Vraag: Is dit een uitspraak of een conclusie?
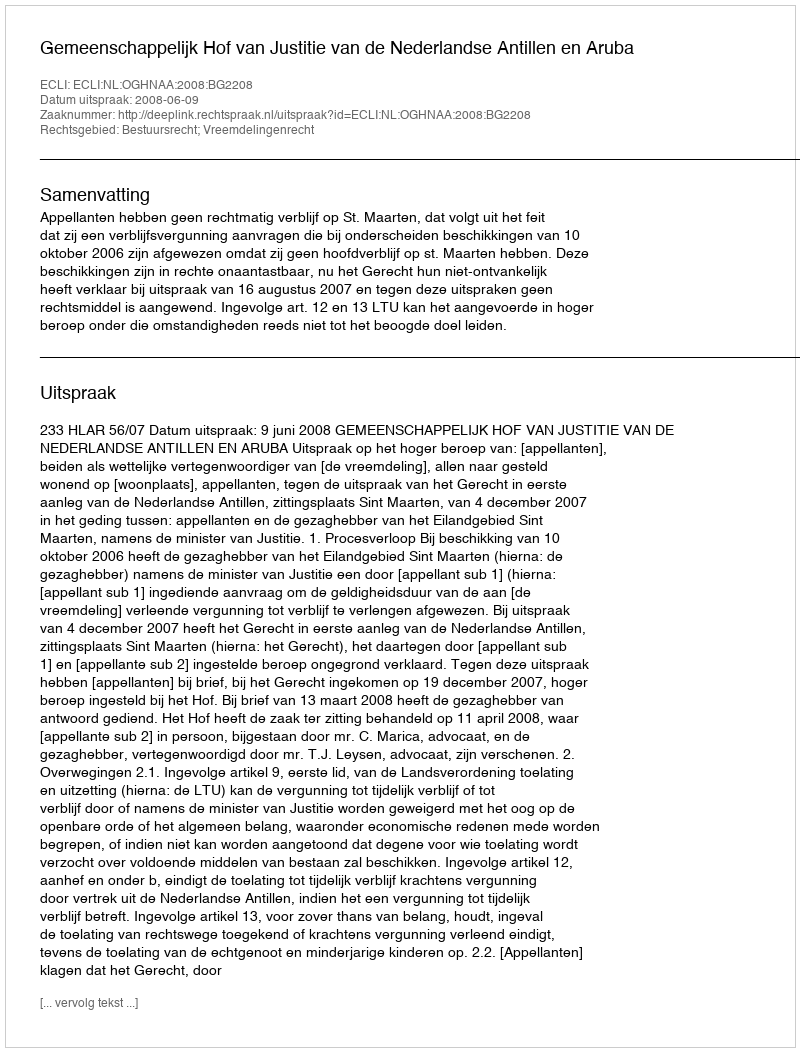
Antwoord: Uitspraak